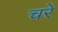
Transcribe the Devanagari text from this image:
चरें